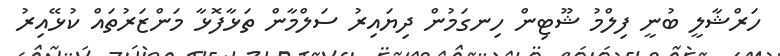
ހަރްޝާލީ ބުނީ ފިލްމު ޝޫޓިން ހިނގަމުން ދިޔައިރު ސަލްމާން ތަޅާފޮޅާ މަންޒަރުތައް ކުޅޭއިރު